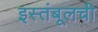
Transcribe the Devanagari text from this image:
इस्तंबूलची